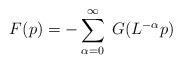
LaTeX: \begin{align*}F(p)=-\sum_{\alpha=0}^{\infty}\;G(L^{-\alpha}p)\end{align*}